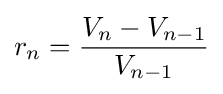
r_{n}={\frac {V_{n}-V_{n-1}}{V_{n-1}}}